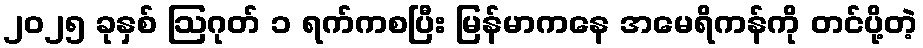
၂၀၂၅ ခုနှစ် ဩဂုတ် ၁ ရက်ကစပြီး မြန်မာကနေ အမေရိကန်ကို တင်ပို့တဲ့